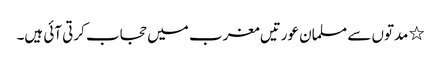
٭ مدتوں سے مسلمان عورتیں مغرب میں حجاب کرتی آئی ہیں۔